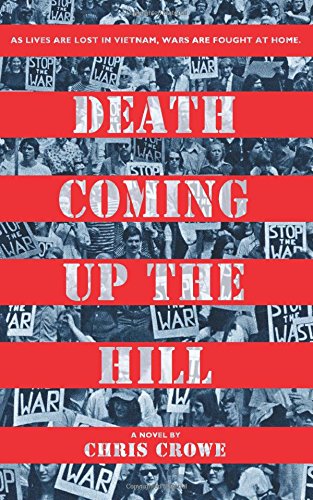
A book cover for Death Coming Up the Hill; Chris Crowe; Teen & Young Adult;